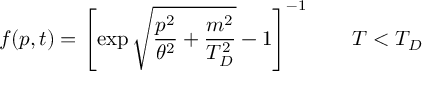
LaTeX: f ( p , t ) = \left[ \exp \sqrt { \frac { p ^ { 2 } } { \theta ^ { 2 } } + \frac { m ^ { 2 } } { T _ { D } ^ { 2 } } } - 1 \right] ^ { - 1 } \ \ \ \ \ \ T < T _ { D }